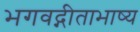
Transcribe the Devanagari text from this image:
भगवद्गीताभाष्य